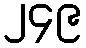
၂၄၉